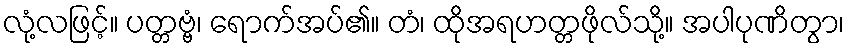
လုံ့လဖြင့်။ ပတ္တဗ္ဗံ၊ ရောက်အပ်၏။ တံ၊ ထိုအရဟတ္တဖိုလ်သို့။ အပါပုဏိတွာ၊